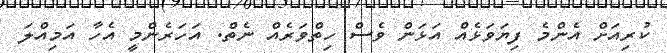
ކުރިއަށް އެންމެ ފިޔަވަޅެއް އަޅަން ވެސް ހިތްވަރެއް ނެތް. އަހަރެންމީ އެހާ އަމިއްލަ